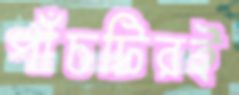
পাঁচটিরই